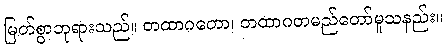
မြတ်စွာဘုရားသည်။ တထာဂတော၊ တထာဂတမည်တော်မူသနည်း။